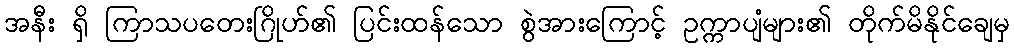
အနီး ရှိ ကြာသပတေးဂြိုဟ်၏ ပြင်းထန်သော စွဲအားကြောင့် ဥက္ကာပျံများ၏ တိုက်မိနိုင်ချေမှ